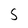
Character: 5